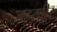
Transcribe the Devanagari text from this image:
जहरवीर